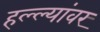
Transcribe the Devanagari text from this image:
हल्ल्यांवर